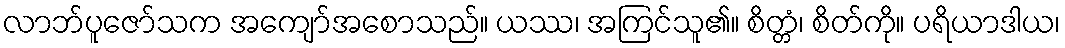
လာဘ်ပူဇော်သက အကျော်အစောသည်။ ယဿ၊ အကြင်သူ၏။ စိတ္တံ၊ စိတ်ကို။ ပရိယာဒါယ၊